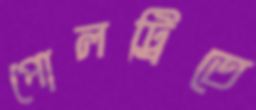
পোলট্রিতে